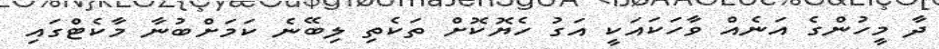
ދާ މީހުންގެ އަނެއް ވާހަކައަކީ އަގު ހެޔޮކޮށް ތަކެތި ލިބޭނެ ކަމަށްބުނާ މާކެޓްގައި